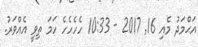
އަޙްމަދު މެއި 16